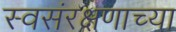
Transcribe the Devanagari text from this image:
स्वसंरक्षणाच्या